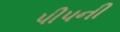
પીપની